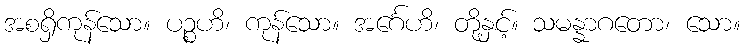
အစရှိကုန်သော။ ပဉ္စဟိ၊ ကုန်သော။ အင်္ဂေဟိ၊ တို့နှင့်။ သမန္နာဂတော၊ သော။